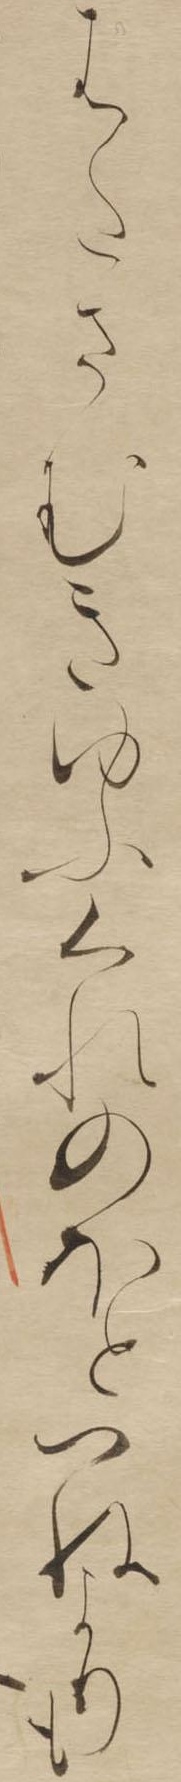
はたさむきゆふくれのほとつねよりも